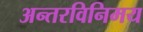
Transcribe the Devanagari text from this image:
अन्तरविनिमय